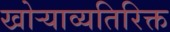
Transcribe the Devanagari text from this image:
खोऱ्याव्यतिरिक्त